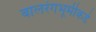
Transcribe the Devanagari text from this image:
बालरंगभूमीकडे